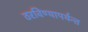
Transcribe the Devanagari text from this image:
ठरविण्यापर्यन्त